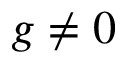
g \ne 0